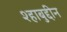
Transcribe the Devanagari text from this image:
श्हाबुद्दीन